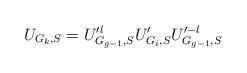
LaTeX: \begin{align*}U_{G_k,S}=U'^{l}_{G_{g-1},S} U'_{G_i,S} U'^{-l}_{G_{g-1},S}\end{align*}